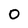
Character: 0